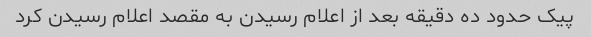
پیک حدود ده دقیقه بعد از اعلام رسیدن به مقصد اعلام رسیدن کرد